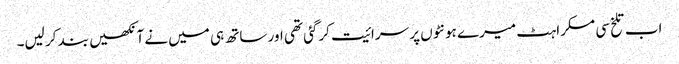
اب تلخ سی مسکراہٹ میرے ہونٹوں پر سرائیت کرگئی تھی اور ساتھ ہی میں نے آنکھیں بند کر لیں۔